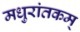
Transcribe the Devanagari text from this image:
मधुरांतकम्